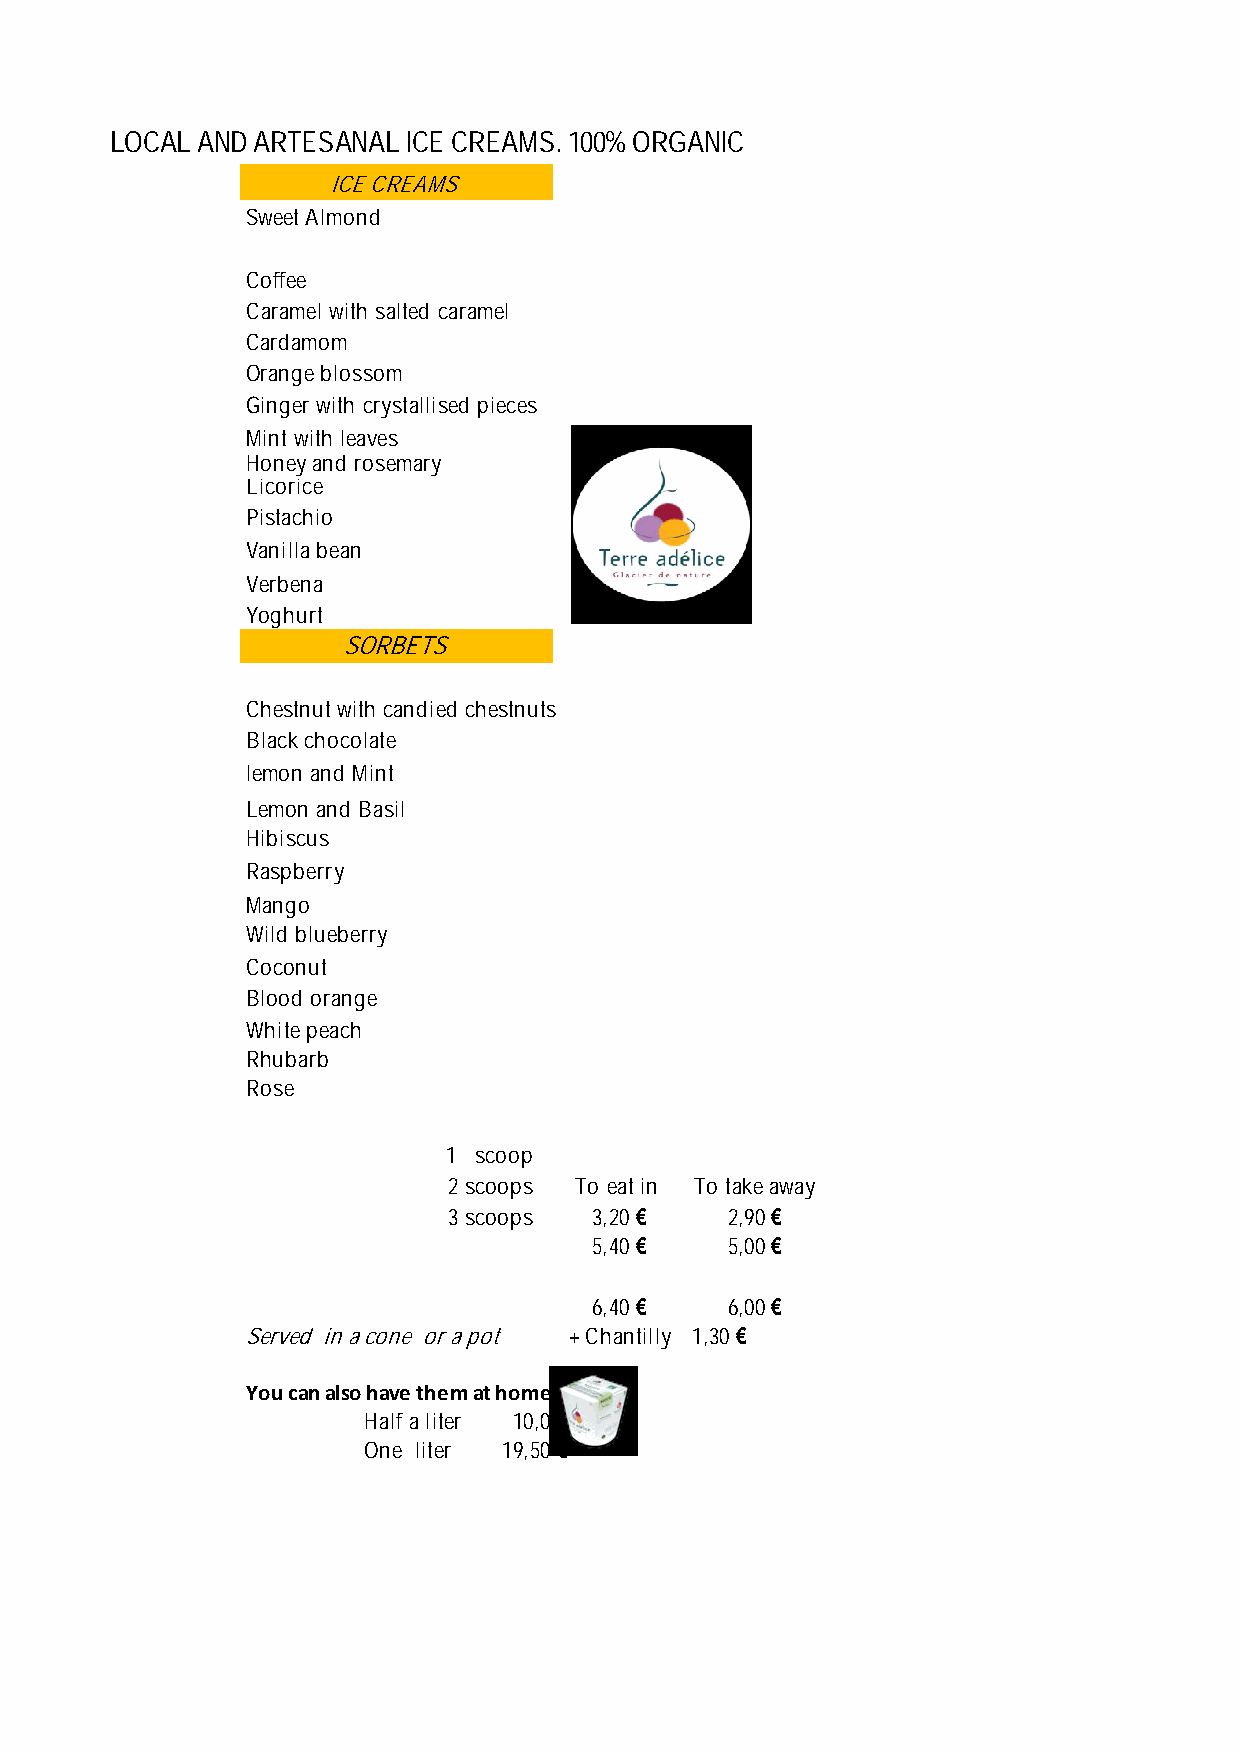
LOCAL AND ARTESANAL ICE CREAMS. 100% ORGANIC
 ICE CREAMS
 Sweet Almond
 Coffee
 Caramel with salted caramel
 Cardamom
 Orange blossom
 Ginger with crystallised pieces
 Mint with leaves
 Honey and rosemary
 Licorice
 Pistachio
 Vanilla bean
 Verbena
 Yoghurt
 SORBETS
 Chestnut with candied chestnuts
 Black chocolate
 lemon and Mint
 Lemon and Basil
 Hibiscus
 Raspberry
 Mango
 Wild blueberry
 Coconut
 Blood orange
 White peach
 Rhubarb
 Rose
 1 scoop
 2 scoops To eat in To take away
 3 scoops 3,20 €   2,90 €
 5,40 €   5,00 €
 6,40 €   6,00 €
 Served in a cone or a pot + Chantilly 1,30 €
 You can also have them at home
 Half a liter 10,00€
 One liter 19,50 €